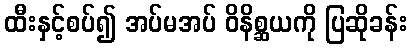
ထီးနှင့်စပ်၍ အပ်မအပ် ဝိနိစ္ဆယကို ပြဆိုခန်း